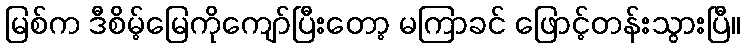
မြစ်က ဒီစိမ့်မြေကိုကျော်ပြီးတော့ မကြာခင် ဖြောင့်တန်းသွားပြီ။